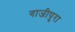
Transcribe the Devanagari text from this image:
गाजीपुरा